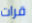
قرات